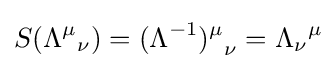
S({\Lambda ^{\mu }}_{\nu })={(\Lambda ^{-1})^{\mu }}_{\nu }={\Lambda _{\nu }}^{\mu }